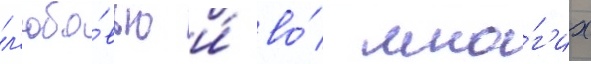
л'юбо́вью и́ во́ мно́г'их